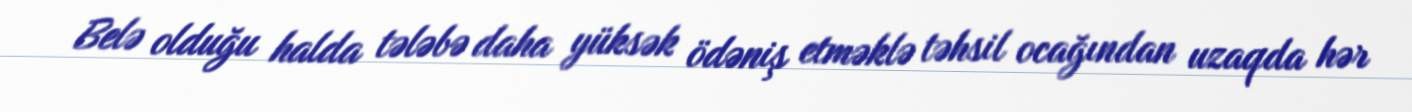
Belə olduğu halda tələbə daha yüksək ödəniş etməklə təhsil ocağından uzaqda hər